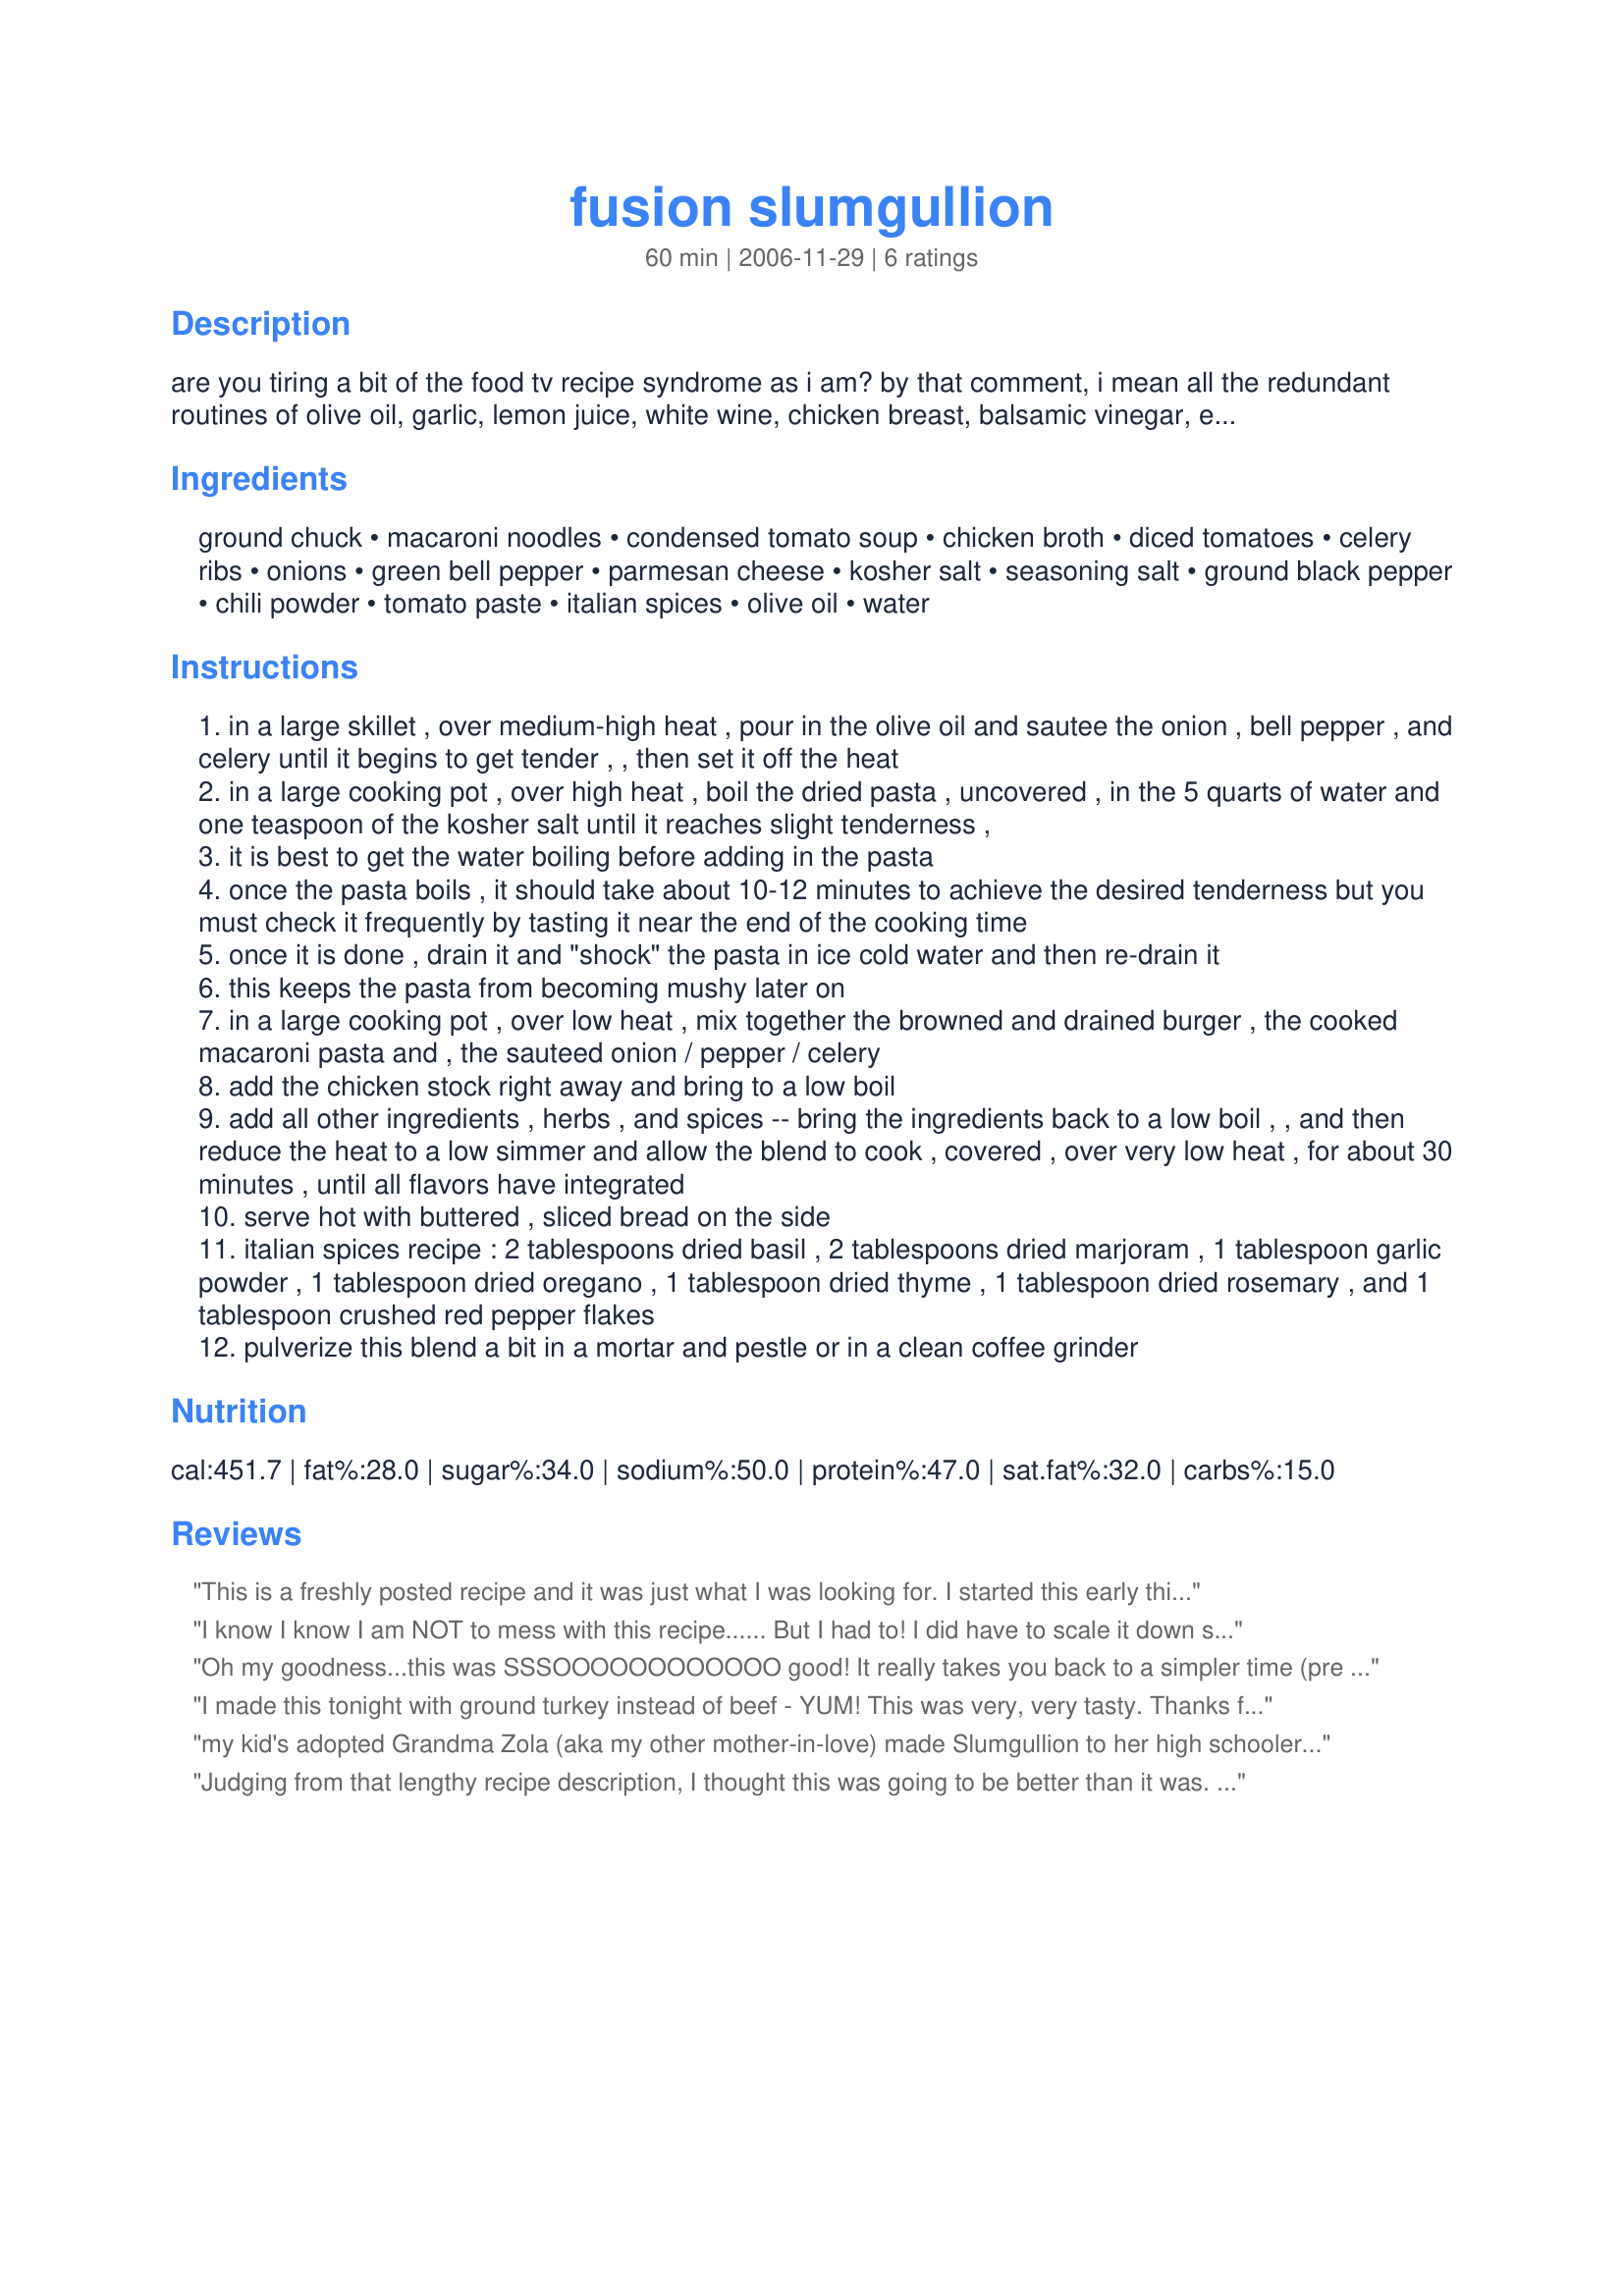
fusion slumgullion
Preparation time: 60 minutes

are you tiring a bit of the food tv recipe syndrome as i am?
by that comment, i mean all the redundant routines of olive oil, garlic, lemon juice, white wine, chicken breast, balsamic vinegar, etc. i love all those things but after a time, one’s food can tend to take on the same flavors at every meal, regardless of what you’ve fixed. so, i fell back on my home cooking basics on this one and melded a recipe of my mother’s with what we now know are american ethnic food themes. the end product: a great-tasting one-dish meal, any leftovers from which will disappear quickly. i hate wasting food, don’t you?
the central idea of this dish, which i have meticulously preserved, as i mentioned, originated with my own mother, mary l. crabtree, who frequently served this family favorite to us during the 1950s and ‘60s…. slumgullion.
some say slumgullion has an irish origin, some would say it’s italian. the truth is that american slumgullion is most likely a fusion of both. slumgullion in its genesis was generically defined as a “watery stew” – that certainly does not describe, in the least, what my mom prepared for us. in fact, this particular slumgullion doesn’t resemble a stew at all – it’s more akin to a form of johnny marzetti, only better, in my opinion, and prepared on the stovetop instead of in the oven. mom’s recipe was both delicious and hearty. and i should mention at this point that my family came directly from multiple generations of native appalachians, and so, mom’s recipe was inexpensive, used common local ingredients and, was very filling, all of which represent appalachian cooking caveats and additionally, necessary for us to stay within a tight family budget.
this recipe, as i have listed it, takes my mother’s dish and incorporates it with a slight fusion influence of cajun, italian-american, midwestern, tex-mex and, of course, appalachian fare. all but the cajun facet are immediately apparent – a second look, though, will reveal the cajun holy trinity of cooking: sautéed onions, celery, and green bell pepper.
and if you think that i’ve gotten a bit wordy with the description of, and basis for, this recipe, it’s because i want you to know how much research and testing i’ve put into it – it’s not something that was simply “thrown together”. great thought was given to these ingredients, and many more which did not really benefit the dish and, thus, the dubious ingredients were eliminated from the recipe, a process which is often painful for any chef. but no one would have laughed harder at my efforts and description here than my own mom – because my mom did throw things together and they always came out great. she was a natural-born chef but she was also a humble woman and would have demurred had you addressed her by that title.
i would caution everyone who tries this one to not shortcut the method, (e.g., shocking the cooked pasta in cold water), or you might end up with slumgullion mush. and dee514’s italian spices are integral to the dish – since they work great in pretty much anything italian, (lasagna, spaghetti, etc.), make up a batch and you’ll be very glad for it!
to summarize this tome of a recipe description, i’ll state that i tried to do the same thing with this recipe as dvorak did with classical music when he wrote his new world symphony (no. 9), if you are familiar with that notable piece. if not, give that monumental symphony a listen as you savor the robust flavor of fusion slumgullion along with some buttered white bread. as a final note, do not for a minute believe that this recipe will result in anything sophisticated because it’s just plain good eatin’, folks! enjoy, my friends!

Ingredients:
ground chuck, macaroni noodles, condensed tomato soup, chicken broth, diced tomatoes, celery ribs, onions, green bell pepper, parmesan cheese, kosher salt, seasoning salt, ground black pepper, chili powder, tomato paste, italian spices, olive oil, water

Steps:
in a large skillet , over medium-high heat , pour in the olive oil and sautee the onion , bell pepper , and celery until it begins to get tender , , then set it off the heat
in a large cooking pot , over high heat , boil the dried pasta , uncovered , in the 5 quarts of water and one teaspoon of the kosher salt until it reaches slight tenderness ,
it is best to get the water boiling before adding in the pasta
once the pasta boils , it should take about 10-12 minutes to achieve the desired tenderness but you must check it frequently by tasting it near the end of the cooking time
once it is done , drain it and "shock" the pasta in ice cold water and then re-drain it
this keeps the pasta from becoming mushy later on
in a large cooking pot , over low heat , mix together the browned and drained burger , the cooked macaroni pasta and , the sauteed onion / pepper / celery
add the chicken stock right away and bring to a low boil
add all other ingredients , herbs , and spices -- bring the ingredients back to a low boil , , and then reduce the heat to a low simmer and allow the blend to cook , covered , over very low heat , for about 30 minutes , until all flavors have integrated
serve hot with buttered , sliced bread on the side
italian spices recipe : 2 tablespoons dried basil , 2 tablespoons dried marjoram , 1 tablespoon garlic powder , 1 tablespoon dried oregano , 1 tablespoon dried thyme , 1 tablespoon dried rosemary , and 1 tablespoon crushed red pepper flakes
pulverize this blend a bit in a mortar and pestle or in a clean coffee grinder

Reviews:
This is a freshly posted recipe and it was just what I was looking for. I started this early this morning and let me assure you, the aroma in the kitchen right now is unbelievable. I grew up in Nebraska and we called it "slumgully" I am from Norwegian and Swedish descent, so I do not know where the original terminology "slumgullion" came from. Kudos to your mom for her creativity and her use of ingredients she had on hand. dee415's italian spices are the crowning glory to this too! 
Thanks Boneman for a good story and a wonderful meal. 

KCShell
I know I know I am NOT to mess with this recipe...... But I had to! I did have to scale it down since I only have 2 mouths to feed in this house. So I made about half the recipe with plans for letovers. This makes a wonderful meal! The spices really do bring this dish to another level. Since I never really use salt in any of my cooking I left it out completly. Awesome, awesome recipe!
Oh my goodness...this was SSSOOOOOOOOOOOO good! It really takes you back to a simpler time (pre Food Network; I have to agree with you Bone Man; sometimes you just want good ole comfort food like Mom used to make...or not, in my case...my Mom can't cook to save her life). This was awesome and my family of picky-picky-picky eaters all gave it a thumbs up. I made just a few changes due to what I had on hand: replaced macaroni with wheat corkscrew pasta and only had 1 lb. ground chuck so I added 1/2 lb. Jimmy Dean sausage and threw in a drained small can of mushrooms. And the best part is that it took next to no time at all to prepare. Thanks for sharing a wonderful comfort food recipe that will be in our regular rotation from now on!!!
I made this tonight with ground turkey instead of beef - YUM! This was very, very tasty. Thanks for a great recipe!
my kid's adopted Grandma Zola (aka my other mother-in-love) made Slumgullion to her high schoolers & friends. My kids came home for the weekend from college with friends & I wanted to made this but had no ideas all of the ingredients. Looks and tastes just about like hers! Yea. We're serving it on Blue Willow china, her favorite, in her honor. We just wish she were her.
Judging from that lengthy recipe description, I thought this was going to be better than it was. It didn't deliver a lot of flavor though, and tasted like a think minestrone soup. Maybe I'm just too used to exotic recipes or something....
